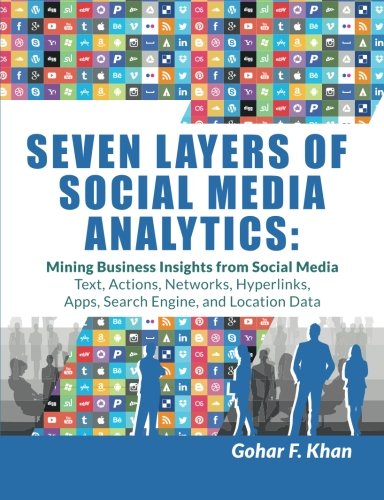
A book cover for Seven Layers of Social Media Analytics: Mining Business Insights from Social Media Text, Actions, Networks, Hyperlinks, Apps, Search Engine, and Location Data; Gohar F. Khan; Computers & Technology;